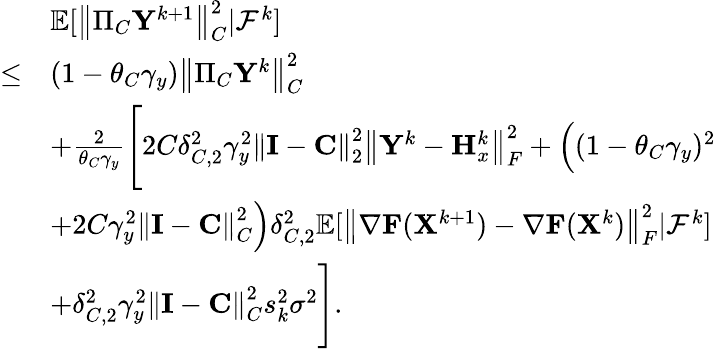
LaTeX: \begin{array}{rl}&{{\mathbb{E}}[\left\| \Pi_{C}{\mathbf{Y}}^{k+1}\right\| _{C}^{2}\vert{\mathcal{F}}^{k}]}\\ {\leq}&{(1-\theta_{C}\gamma_{y})\left\| \Pi_{C}{\mathbf{Y}}^{k}\right\| _{C}^{2}}\\ &{+\frac{2}{\theta_{C}\gamma_{y}}\Bigg[2C\delta_{C,2}^{2}\gamma_{y}^{2}\left\| {\mathbf{I}}-{\mathbf{C}}\right\| _{2}^{2}\left\| {\mathbf{Y}}^{k}-{\mathbf{H}}_{x}^{k}\right\| _{F}^{2}+\Big((1-\theta_{C}\gamma_{y})^{2}}\\ &{+2C\gamma_{y}^{2}\left\| {\mathbf{I}}-{\mathbf{C}}\right\| _{C}^{2}\Big)\delta_{C,2}^{2}{\mathbb{E}}[\left\| \nabla{\mathbf{F}}({\mathbf{X}}^{k+1})-\nabla{\mathbf{F}}({\mathbf{X}}^{k})\right\| _{F}^{2}\vert{\mathcal{F}}^{k}]}\\ &{+\delta_{C,2}^{2}\gamma_{y}^{2}\left\| {\mathbf{I}}-{\mathbf{C}}\right\| _{C}^{2}s_{k}^{2}\sigma^{2}\Bigg].}\end{array}